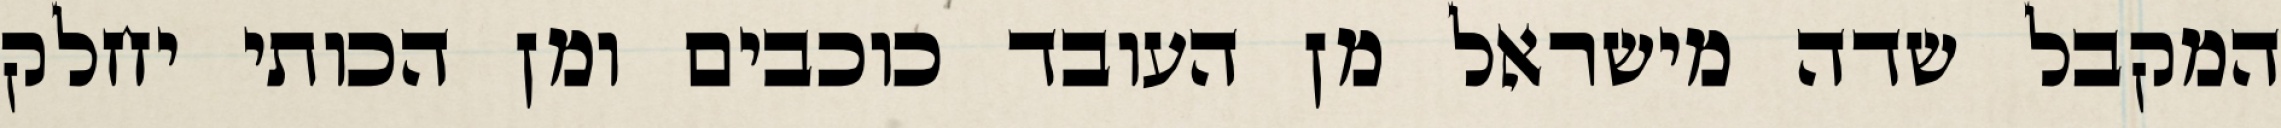
המקבל שדה מישראל מן העובד כוכבים ומן הכותי יחלק